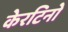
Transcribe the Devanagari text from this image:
केरटिनो